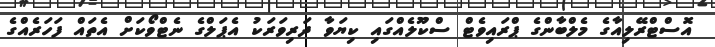
އޮސްޓްރޭލިއާގެ މެލްބާންގެ ޕްރައިވެޓް ސްކޫލެއްގައި ކިޔަވާ ދަރިވަރަކު އެޕަލްގެ ނެޓްވޯކަށް އެތައް ފަހަރެއްގެ